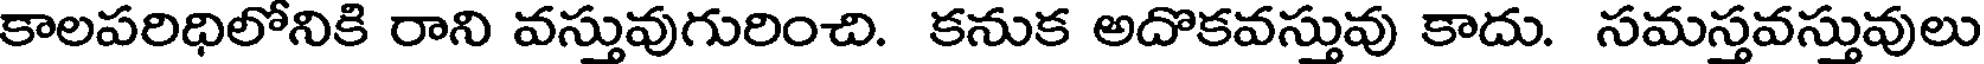
కాలపరిధిలోనికి రాని వస్తువుగురించి. కనుక అదొకవస్తువు కాదు. సమస్తవస్తువులు